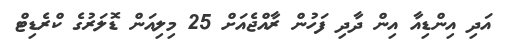
އަދި އިންޑިއާ އިން ދާދި ފަހުން ރާއްޖެއަށް 25 މިލިއަން ޑޮލަރުގެ ކްރެޑިޓް